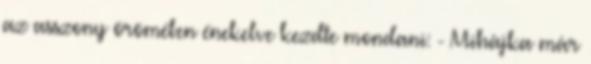
az asszony örömében énekelve kezdte mondani: - Mihájka már